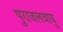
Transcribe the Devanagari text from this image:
पुराजलवायु